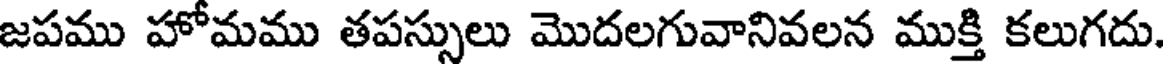
జపము హోమము తపస్సులు మొదలగువానివలన ముక్తి కలుగదు.